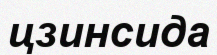
цзинсида